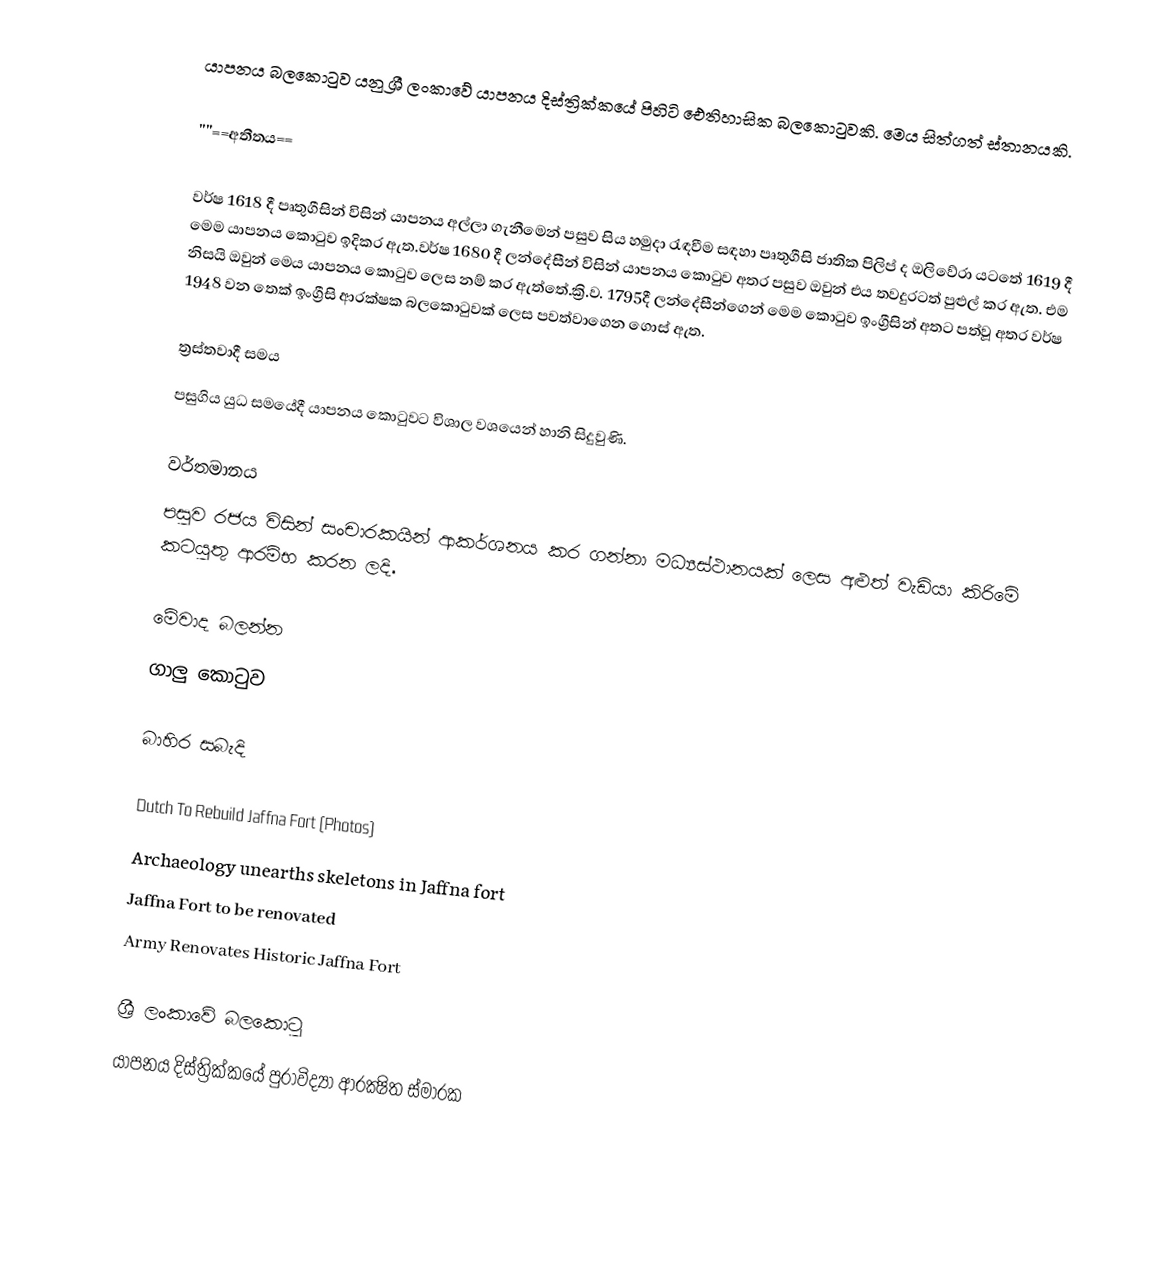
යාපනය බලකොටුව යනු ශ්‍රී ලංකාවේ යාපනය දිස්ත්‍රික්කයේ පිහිටි ඓතිහාසික බලකොටුවකි. මෙය සිත්ගත් ස්තානයකි.

 ''''==අතීතය==

වර්ෂ 1618 දී පෘතුගීසින් විසින් යාපනය අල්ලා ගැනීමෙන් පසුව සිය හමුදා රැඳවීම සඳහා පෘතුගීසි ජාතික පිලිප් ද ඔලිවේරා යටතේ 1619 දී මෙම යාපනය කොටුව ඉදිකර ඇත.වර්ෂ 1680 දී ලන්දේසීන් විසින් යාපනය කොටුව  අතර පසුව ඔවුන් එය තවදුරටත් පුළුල් කර ඇත. එම නිසයි ඔවුන් මෙය යාපනය කොටුව ලෙස නම් කර ඇත්තේ.ක්‍රි.ව. 1795දී ලන්දේසීන්ගෙන් මෙම කොටුව ඉංග්‍රීසින් අතට පත්වූ අතර වර්ෂ 1948 වන තෙක් ඉංග්‍රීසි ආරක්ෂක බලකොටුවක් ලෙස පවත්වාගෙන ගොස් ඇත.

ත්‍රස්තවාදී සමය
පසුගිය යුධ සමයේදී යාපනය කොටුවට විශාල වශයෙන් හානි සිදුවුණි.

වර්තමානය
පසුව රජය විසින් සංචාරකයින් ආකර්ශනය කර ගන්නා මධ්‍යස්ථානයක් ලෙස  අළුත් වැඩියා කිරිමේ කටයුතු ආරම්භ කරන ලදි.

මේවාද බලන්න
 ගාලු කොටුව

බාහිර සබැදි

Dutch To Rebuild Jaffna Fort (Photos)
Archaeology unearths skeletons in Jaffna fort
Jaffna Fort to be renovated
Army Renovates Historic Jaffna Fort

ශ්‍රී ලංකාවේ බලකොටු
යාපනය දිස්ත්‍රික්කයේ පුරාවිද්‍යා ආරක්‍ෂිත ස්මාරක